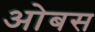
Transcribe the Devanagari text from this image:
ओबस